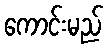
ကောင်းမည်